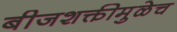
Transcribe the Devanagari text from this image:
बीजशक्तीमुळेच